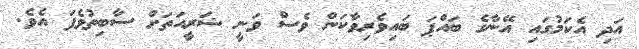
އަދި އެކަމުގައި އޭނާގެ ބައްޕަ ބައިވެރިވާކަން ވެސް ވަނީ ޝަރީއަތަށް ސާބިތުވެފަ އެވެ.